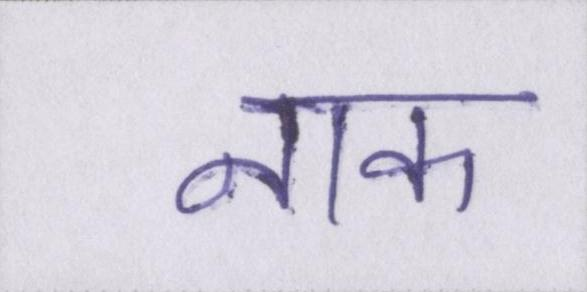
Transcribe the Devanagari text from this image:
नाक